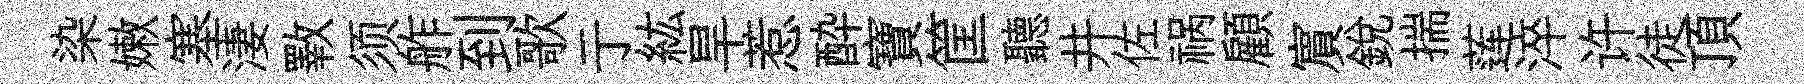
染嫩塞淒斁须舴到歌亍紘旱惹酔寶筐聽井佐祸顧賔銳揣莲淬许徒頂